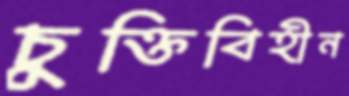
চুক্তিবিহীন